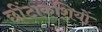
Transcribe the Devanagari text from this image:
छींटाकशियों